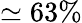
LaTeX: \simeq 63\%